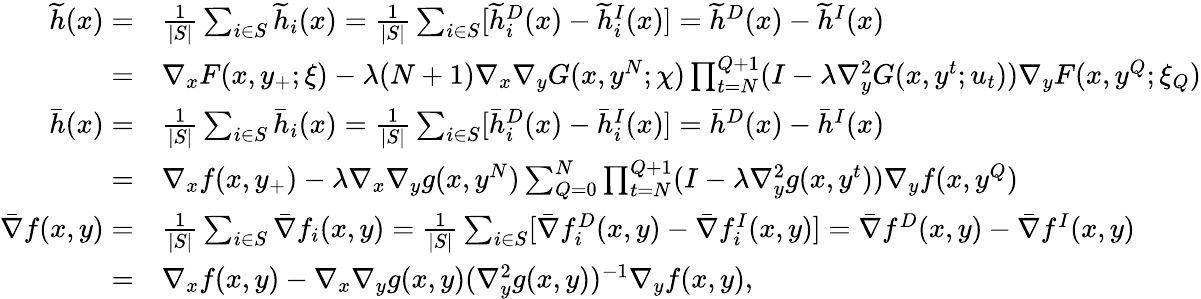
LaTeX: \begin{array}{rl}{\widetilde{h}(x)=}&{\frac{1}{|S|}\sum_{i\in S}\widetilde{h}_{i}(x)=\frac{1}{|S|}\sum_{i\in S}[\widetilde{h}_{i}^{D}(x)-\widetilde{h}_{i}^{I}(x)]=\widetilde{h}^{D}(x)-\widetilde{h}^{I}(x)}\\ {=}&{\nabla_{x}F(x,y_{+};\xi)-\lambda(N+1)\nabla_{x}\nabla_{y}G(x,y^{N};\chi)\prod_{t=N}^{Q+1}(I-\lambda\nabla_{y}^{2}G(x,y^{t};u_{t}))\nabla_{y}F(x,y^{Q};\xi_{Q})}\\ {\bar{h}(x)=}&{\frac{1}{|S|}\sum_{i\in S}\bar{h}_{i}(x)=\frac{1}{|S|}\sum_{i\in S}[\bar{h}_{i}^{D}(x)-\bar{h}_{i}^{I}(x)]=\bar{h}^{D}(x)-\bar{h}^{I}(x)}\\ {=}&{\nabla_{x}f(x,y_{+})-\lambda\nabla_{x}\nabla_{y}g(x,y^{N})\sum_{Q=0}^{N}\prod_{t=N}^{Q+1}(I-\lambda\nabla_{y}^{2}g(x,y^{t}))\nabla_{y}f(x,y^{Q})}\\ {\bar{\nabla}f(x,y)=}&{\frac{1}{|S|}\sum_{i\in S}\bar{\nabla}f_{i}(x,y)=\frac{1}{|S|}\sum_{i\in S}[\bar{\nabla}f_{i}^{D}(x,y)-\bar{\nabla}f_{i}^{I}(x,y)]=\bar{\nabla}f^{D}(x,y)-\bar{\nabla}f^{I}(x,y)}\\ {=}&{\nabla_{x}f(x,y)-\nabla_{x}\nabla_{y}g(x,y)(\nabla_{y}^{2}g(x,y))^{-1}\nabla_{y}f(x,y),}\end{array}